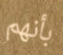
بأنهم